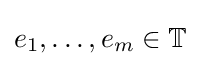
e_{1},\ldots ,e_{m}\in \mathbb {T}